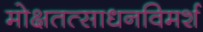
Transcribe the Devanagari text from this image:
मोक्षतत्साधनविमर्श